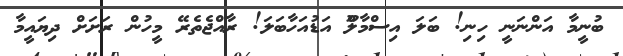
ބުނީމާ އަންނަނީ ހިނި! ބަލަ އިސްމާލްޫ އަޑުއަހާބަލަ! ރާއްޖެތެރޭ މީހުން ރަށަށް ދިޔައީމާ